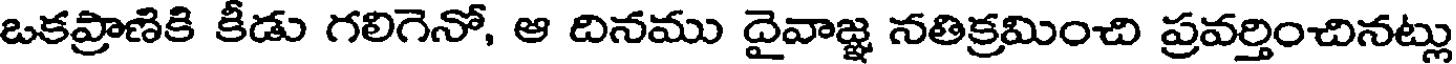
ఒకప్రాణికి కీడు గలిగెనో, ఆ దినము దైవాజ్ఞ నతిక్రమించి ప్రవర్తించినట్లు